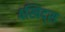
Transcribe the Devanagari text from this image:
४खिद्स